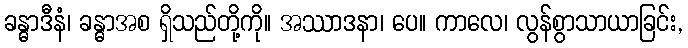
ခန္ဓာဒီနံ၊ ခန္ဓာအစ ရှိသည်တို့ကို။ အဿာဒနာ၊ ပေ။ ကာလေ၊ လွန်စွာသာယာခြင်း,